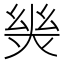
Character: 𢇈